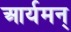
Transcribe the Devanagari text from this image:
आर्यमन्